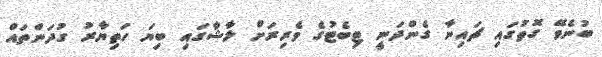
ބުނެވޭ ގޮތުގައި ޗައިނާ ގެންދަނީ ޓިބެޓުގެ ވެރިރަށް ލާޝާގައި ބިޔަ ހަތިޔާރު ގުދަންތައް